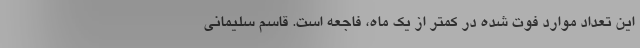
این تعداد موارد فوت‌ شده در کمتر از یک ماه، فاجعه است. قاسم سلیمانی‌